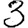
Digit: 3